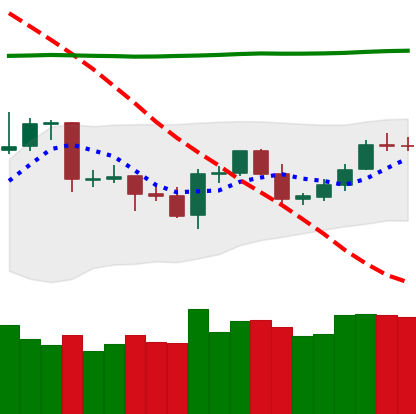
Ticker: LTC-USD
Chart end date: 2020-04-26
Forward return: 6.943%
Label: up_5_7